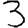
Digit: 3